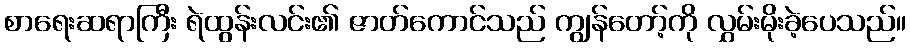
စာရေးဆရာကြီး ရဲထွန်းလင်း၏ ဇာတ်ကောင်သည် ကျွန်တော့်ကို လွှမ်းမိုးခဲ့ပေသည်။